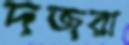
দজরা